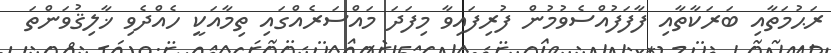
ރަޙުމަތާއި ބަރަކާތާއި ފާފަފުއްސެވުމުން ފުރިފައިވާ މިފަދަ މައްސަރެއްގައި ތިމާއަކީ ހެއްދެވި ޚާލިޤުވަންތަ